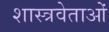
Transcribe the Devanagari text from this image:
शास्त्रवेताओं